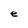
Character: e